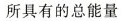
所具有的总能量